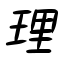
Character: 理